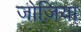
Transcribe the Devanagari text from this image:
जोज़िया